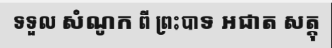
ទទួល សំណូក ពី ព្រះបាទ អជាត សត្តុ